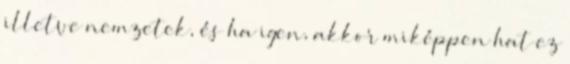
illetve nemzetek, és ha igen, akkor miképpen hat ez